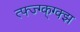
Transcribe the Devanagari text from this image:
त्फ्ज्ग्क्ग्क्झ